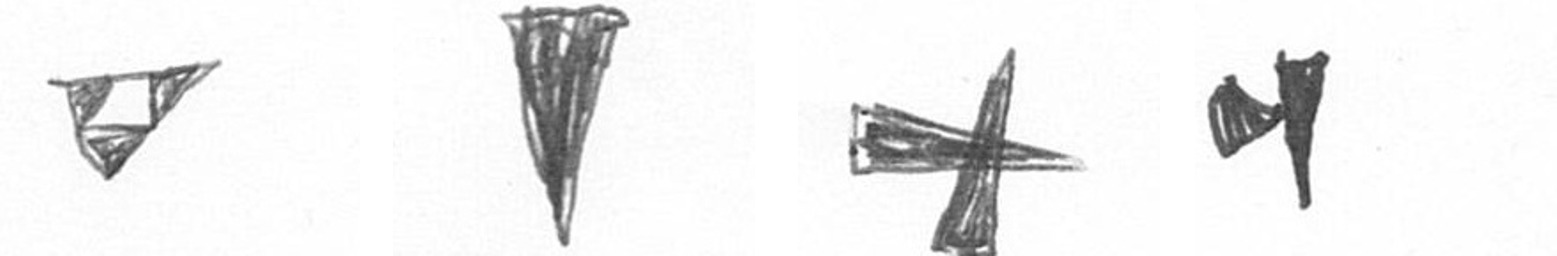
S J G M